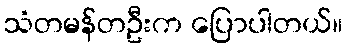
သံတမန်တဦးက ပြောပါတယ်။